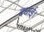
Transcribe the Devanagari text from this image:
बधाई।